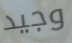
وجيد